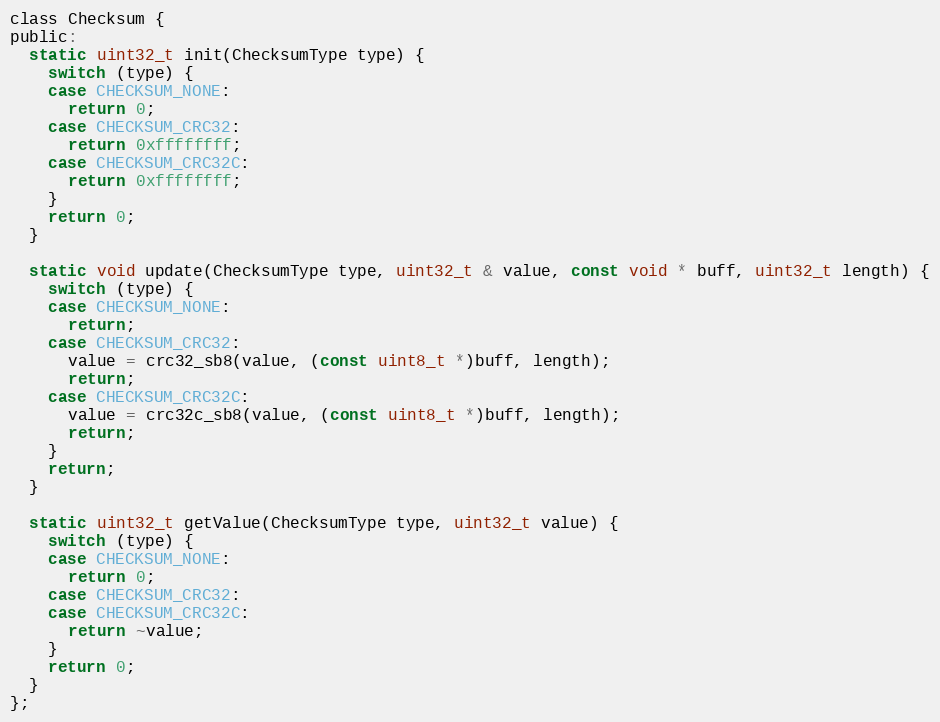
Language: C
class Checksum {
public:
  static uint32_t init(ChecksumType type) {
    switch (type) {
    case CHECKSUM_NONE:
      return 0;
    case CHECKSUM_CRC32:
      return 0xffffffff;
    case CHECKSUM_CRC32C:
      return 0xffffffff;
    }
    return 0;
  }

  static void update(ChecksumType type, uint32_t & value, const void * buff, uint32_t length) {
    switch (type) {
    case CHECKSUM_NONE:
      return;
    case CHECKSUM_CRC32:
      value = crc32_sb8(value, (const uint8_t *)buff, length);
      return;
    case CHECKSUM_CRC32C:
      value = crc32c_sb8(value, (const uint8_t *)buff, length);
      return;
    }
    return;
  }

  static uint32_t getValue(ChecksumType type, uint32_t value) {
    switch (type) {
    case CHECKSUM_NONE:
      return 0;
    case CHECKSUM_CRC32:
    case CHECKSUM_CRC32C:
      return ~value;
    }
    return 0;
  }
};